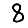
Digit: 8